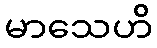
မာသေဟိ